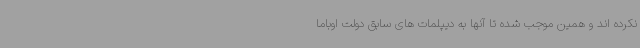
نکرده اند و همین موجب شده تا آنها به دیپلمات های سابق دولت اوباما